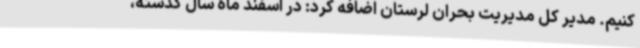
کنیم. مدیر کل مدیریت بحران لرستان اضافه کرد: در اسفند ماه سال گذشته،